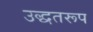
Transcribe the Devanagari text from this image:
उद्धतरूप